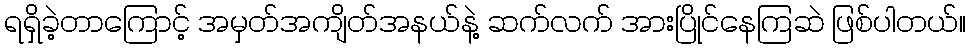
ရရှိခဲ့တာကြောင့် အမှတ်အကျိတ်အနယ်နဲ့ ဆက်လက် အားပြိုင်နေကြဆဲ ဖြစ်ပါတယ်။